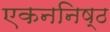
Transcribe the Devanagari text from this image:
एकननिष्ठ